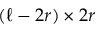
( \ell - 2 r ) \times 2 r